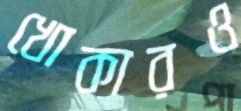
খোকারও